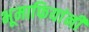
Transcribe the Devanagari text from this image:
भूमाफियांनी